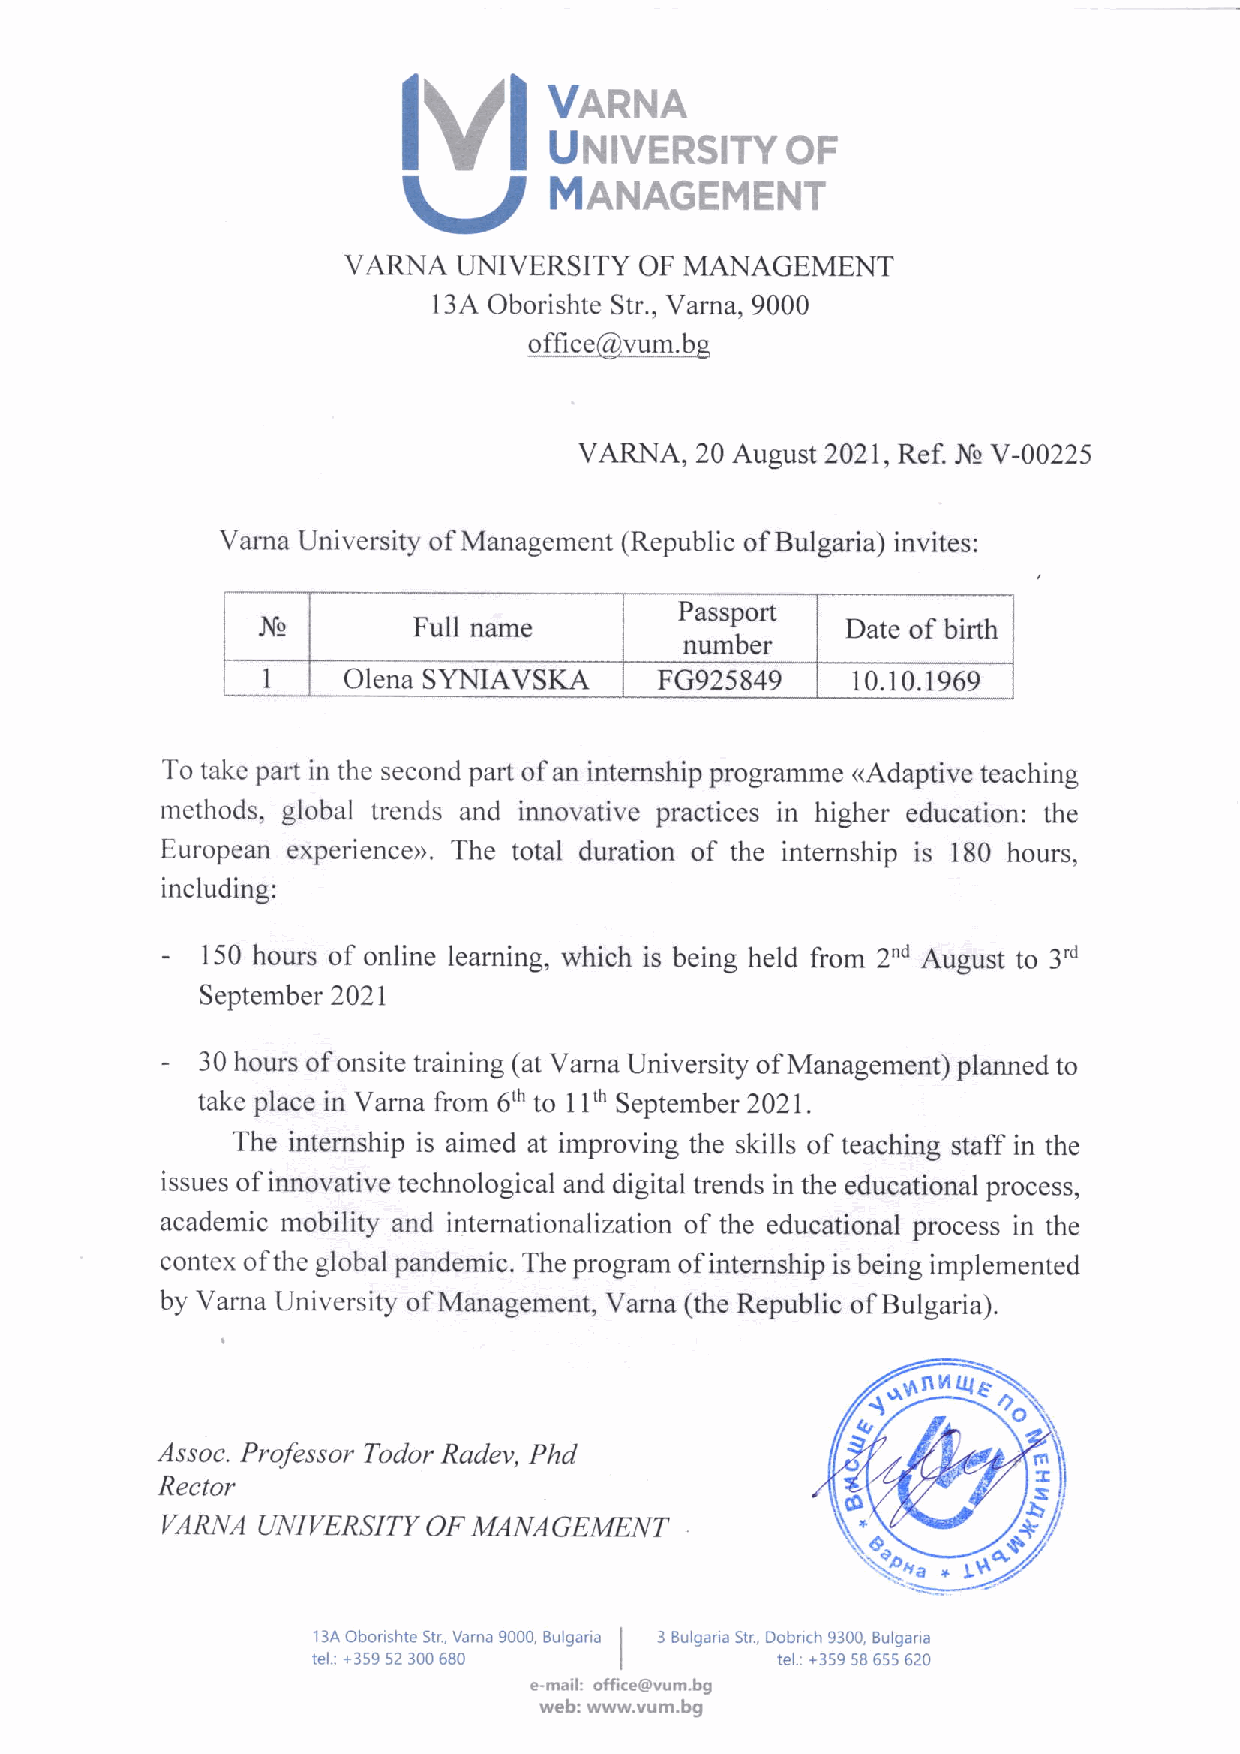
lvl
 uftiH,rYoF
 \V,      MANAGEMENT
 VARNA  UNIVERSITY  OF MANAGEMENT
 13,A Oborishte Str., Varna, 9000
 office@vum.bg
 VARNA,  20 August 2021, Ref. J\b V-00225
 Varna University of Management (Republic of Bulgaria) invites:
 Passporl
 J\!       Full name                    Date of birth
 number
 1     Olena SYNIAVSKA      FG925849     10. 10. 1969
 'l'o
 take part in thc second part of an internship programme <Adaptive teaching
 rtrethods, global trcnds and innovative practices in higher education: the
 Iiuropean experience>. The total duration of the internship is 180 hours,
 including:
 -
 150 hours of online learning, which is being held from 2nd August to 3'd
 September 2021
 -
 30 hours of onsite training (at Varna University of Management) planned to
 take place in Varna from 6th to 1 llh September 2021 .
 The intemship is aimed at improving the skills of teaching staff in the
 issues of innovative technological and digital trends in the educational process,
 academic mobility and intemationalization of the educational process in the
 contcx o1'the global pandemic. The program of intemship is being implemented
 by Varna Univcrsity of Management, Varna (the Republic of Bulgaria).
 (9ry\.1"nrE€\
 Assoc. Professor Todor Radev, Phd
 Rector
 VARNA UNIVERSITY OF MANAGEMENT
 13A Oborishte Str, Varna 9OOO, Sulgaria | 3 Bulgaria Str., Dobri(h 9300, Bulgarla
 tel.: +359 52 3OO 680 |       tel.: +359 58 655 620
 e-mail: offi.e@vum.bg
 web: www.vum.bg